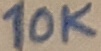
Text: 10K